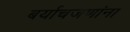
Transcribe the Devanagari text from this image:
बर्याचजणांना